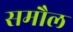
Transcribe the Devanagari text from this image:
समौल